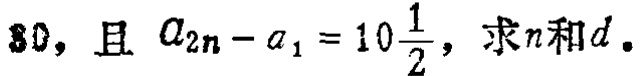
80，且 \(a_{2n}-a_{1}=10\frac{1}{2}\)，求\(n\)和\(d\)。